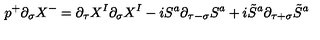
p ^ { + } \partial _ { \sigma } X ^ { - } = \partial _ { \tau } X ^ { I } \partial _ { \sigma } X ^ { I } - i S ^ { a } \partial _ { \tau - \sigma } S ^ { a } + i \tilde { S } ^ { a } \partial _ { \tau + \sigma } \tilde { S } ^ { a }